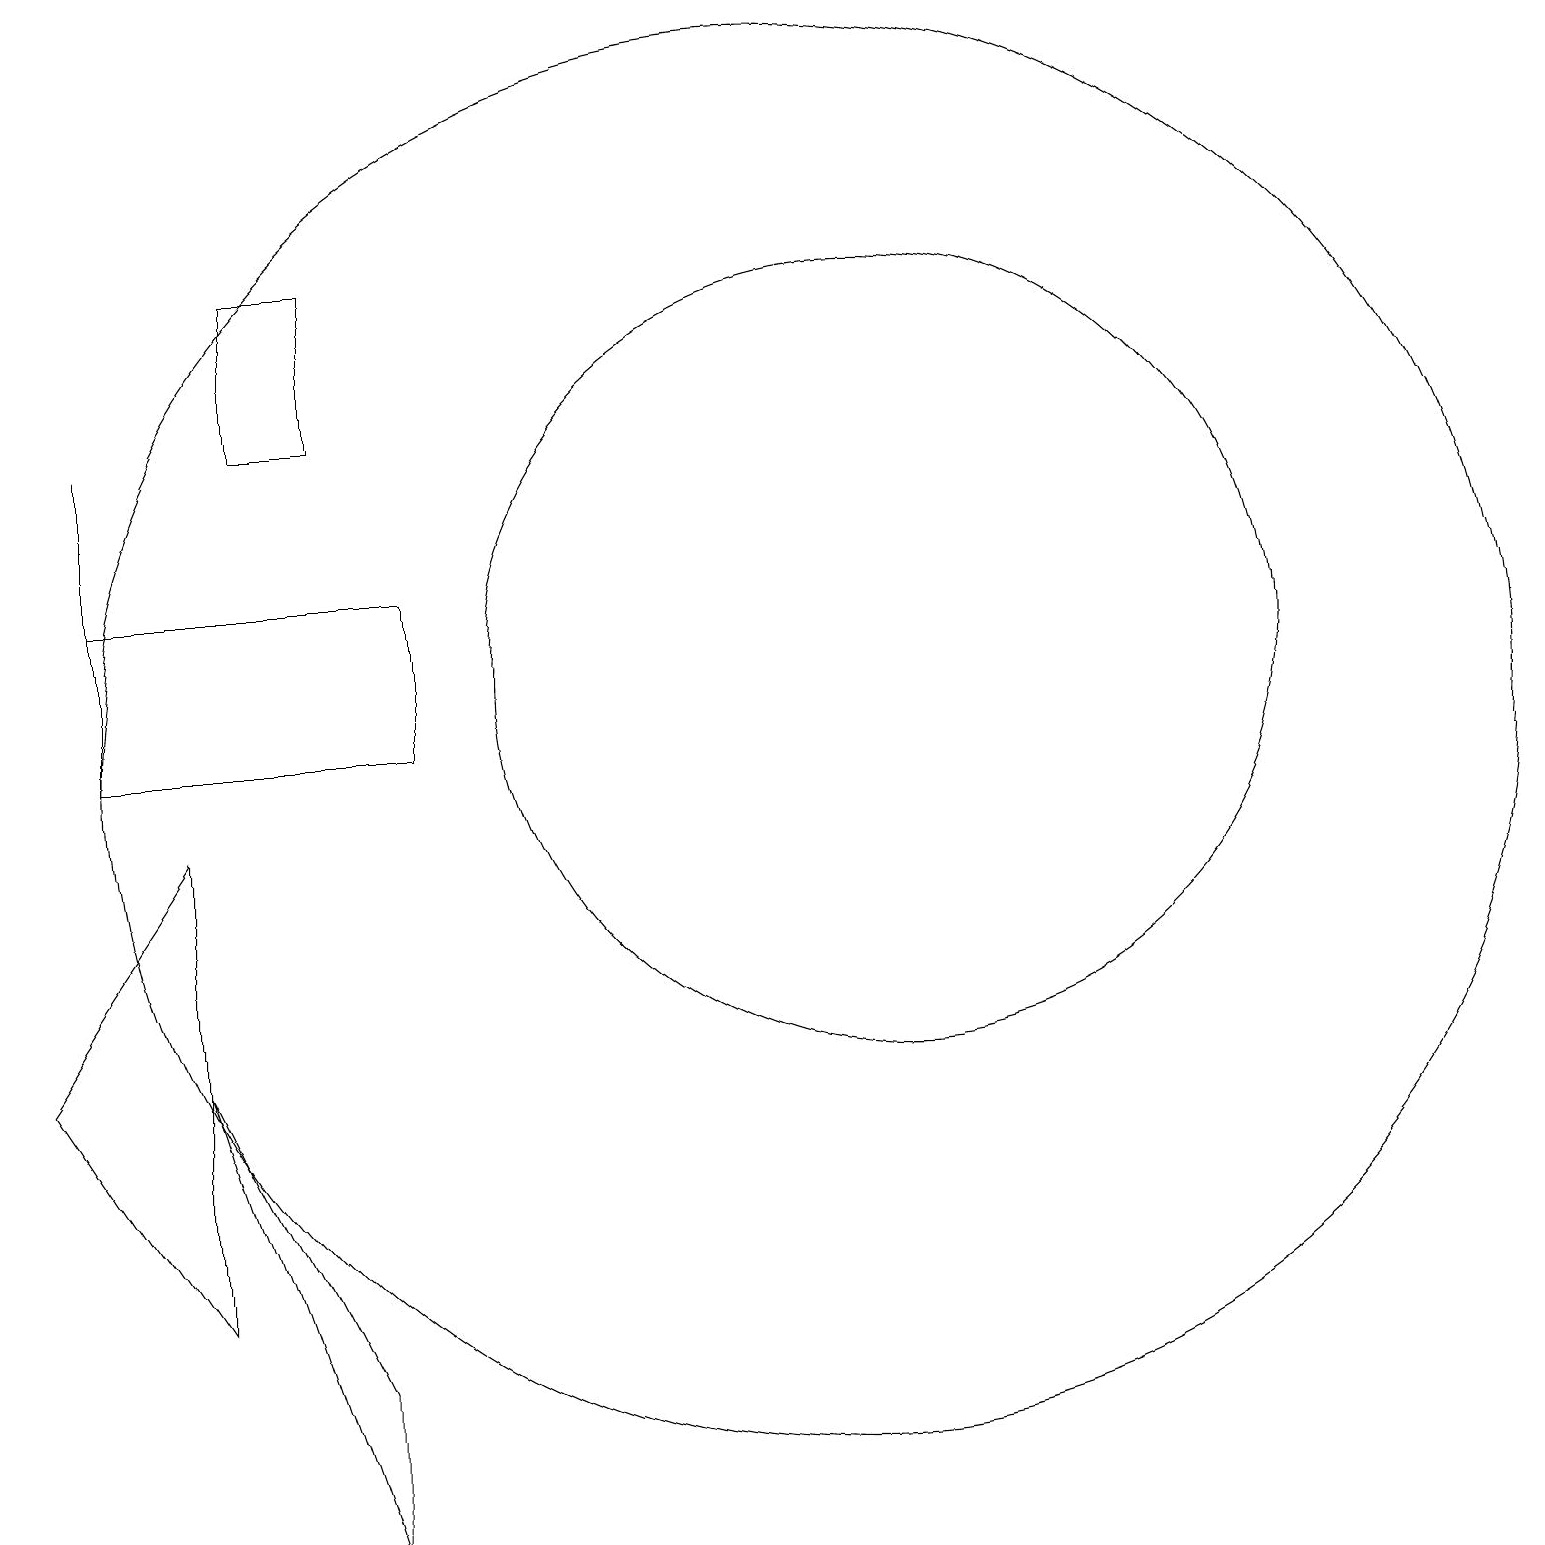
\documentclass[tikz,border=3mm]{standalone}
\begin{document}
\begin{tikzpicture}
\draw (12,11) circle (5);
\draw (1,6) -- (3,9) -- (3,3) -- cycle;
\draw (5,2) -- (5,0) -- (3,6) -- cycle;
\draw (6,10) rectangle (2,12);
\draw (4,16) rectangle (5,14);
\draw (11,10) circle (9);
\draw (2,14) rectangle (2,11);
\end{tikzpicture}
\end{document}